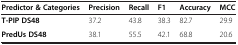
<table><thead><tr><td><b>Predictor &amp; Categories</b></td><td><b>Precision</b></td><td><b>Recall</b></td><td><b>F1</b></td><td><b>Accuracy</b></td><td><b>MCC</b></td></tr></thead><tbody><tr><td><b>T-PIP DS48</b></td><td>37.2</td><td>43.8</td><td>38.3</td><td>82.7</td><td>29.9</td></tr><tr><td><b>PredUs DS48</b></td><td>38.1</td><td>55.5</td><td>42.1</td><td>68.8</td><td>20.6</td></tr></tbody></table>